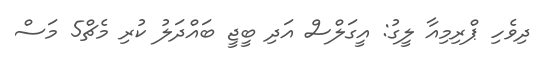
ދިވެހި ޕްރިމިއާ ލީގު: އީގަލްސް އަދި ބީޖީ ބައްދަލު ކުރި މެޗް5 މަސް